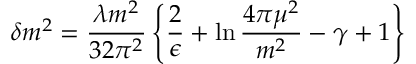
\delta m ^ { 2 } = \frac { \lambda m ^ { 2 } } { 3 2 \pi ^ { 2 } } \left\{ \frac { 2 } { \epsilon } + \ln { \frac { 4 \pi \mu ^ { 2 } } { m ^ { 2 } } } - \gamma + 1 \right\}